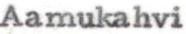
Aamukahvi